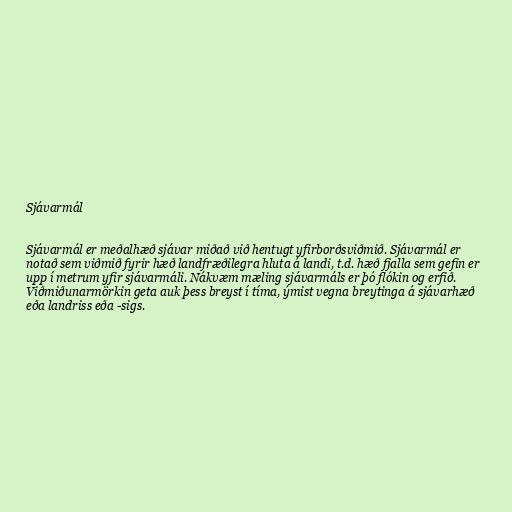
Sjávarmál

Sjávarmál er meðalhæð sjávar miðað við hentugt yfirborðsviðmið. Sjávarmál er
notað sem viðmið fyrir hæð landfræðilegra hluta á landi, t.d. hæð fjalla sem gefin er
upp í metrum yfir sjávarmáli. Nákvæm mæling sjávarmáls er þó flókin og erfið.
Viðmiðunarmörkin geta auk þess breyst í tíma, ýmist vegna breytinga á sjávarhæð
eða landriss eða -sigs.